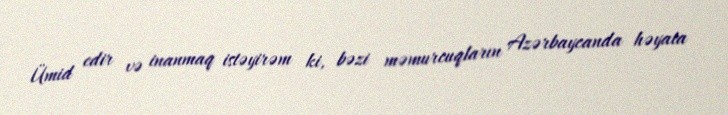
Ümid edir və inanmaq istəyirəm ki, bəzi məmurcuqların Azərbaycanda həyata